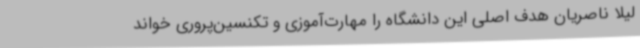
لیلا ناصریان هدف اصلی این دانشگاه را مهارت‌آموزی و تکنسین‌پروری خواند